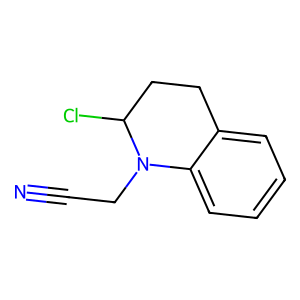
SMILES: N#CCN1c2ccccc2CCC1Cl
Inhibits HIV replication: No